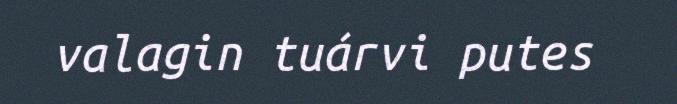
valagin tuárvi putes